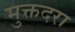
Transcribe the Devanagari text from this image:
मुक्तदरा